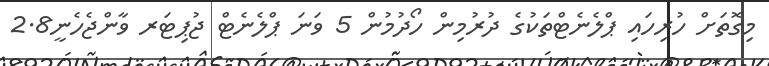
މިގޮތަށް ހުރިހައި ޕްލެނެޓްތަކުގެ ދުރުމިން ހޯދުމުން 5 ވަނަ ޕްލެނެޓް ޖުޕިޓަރ ވާންޖެހެނީ2.8